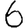
Digit: 6